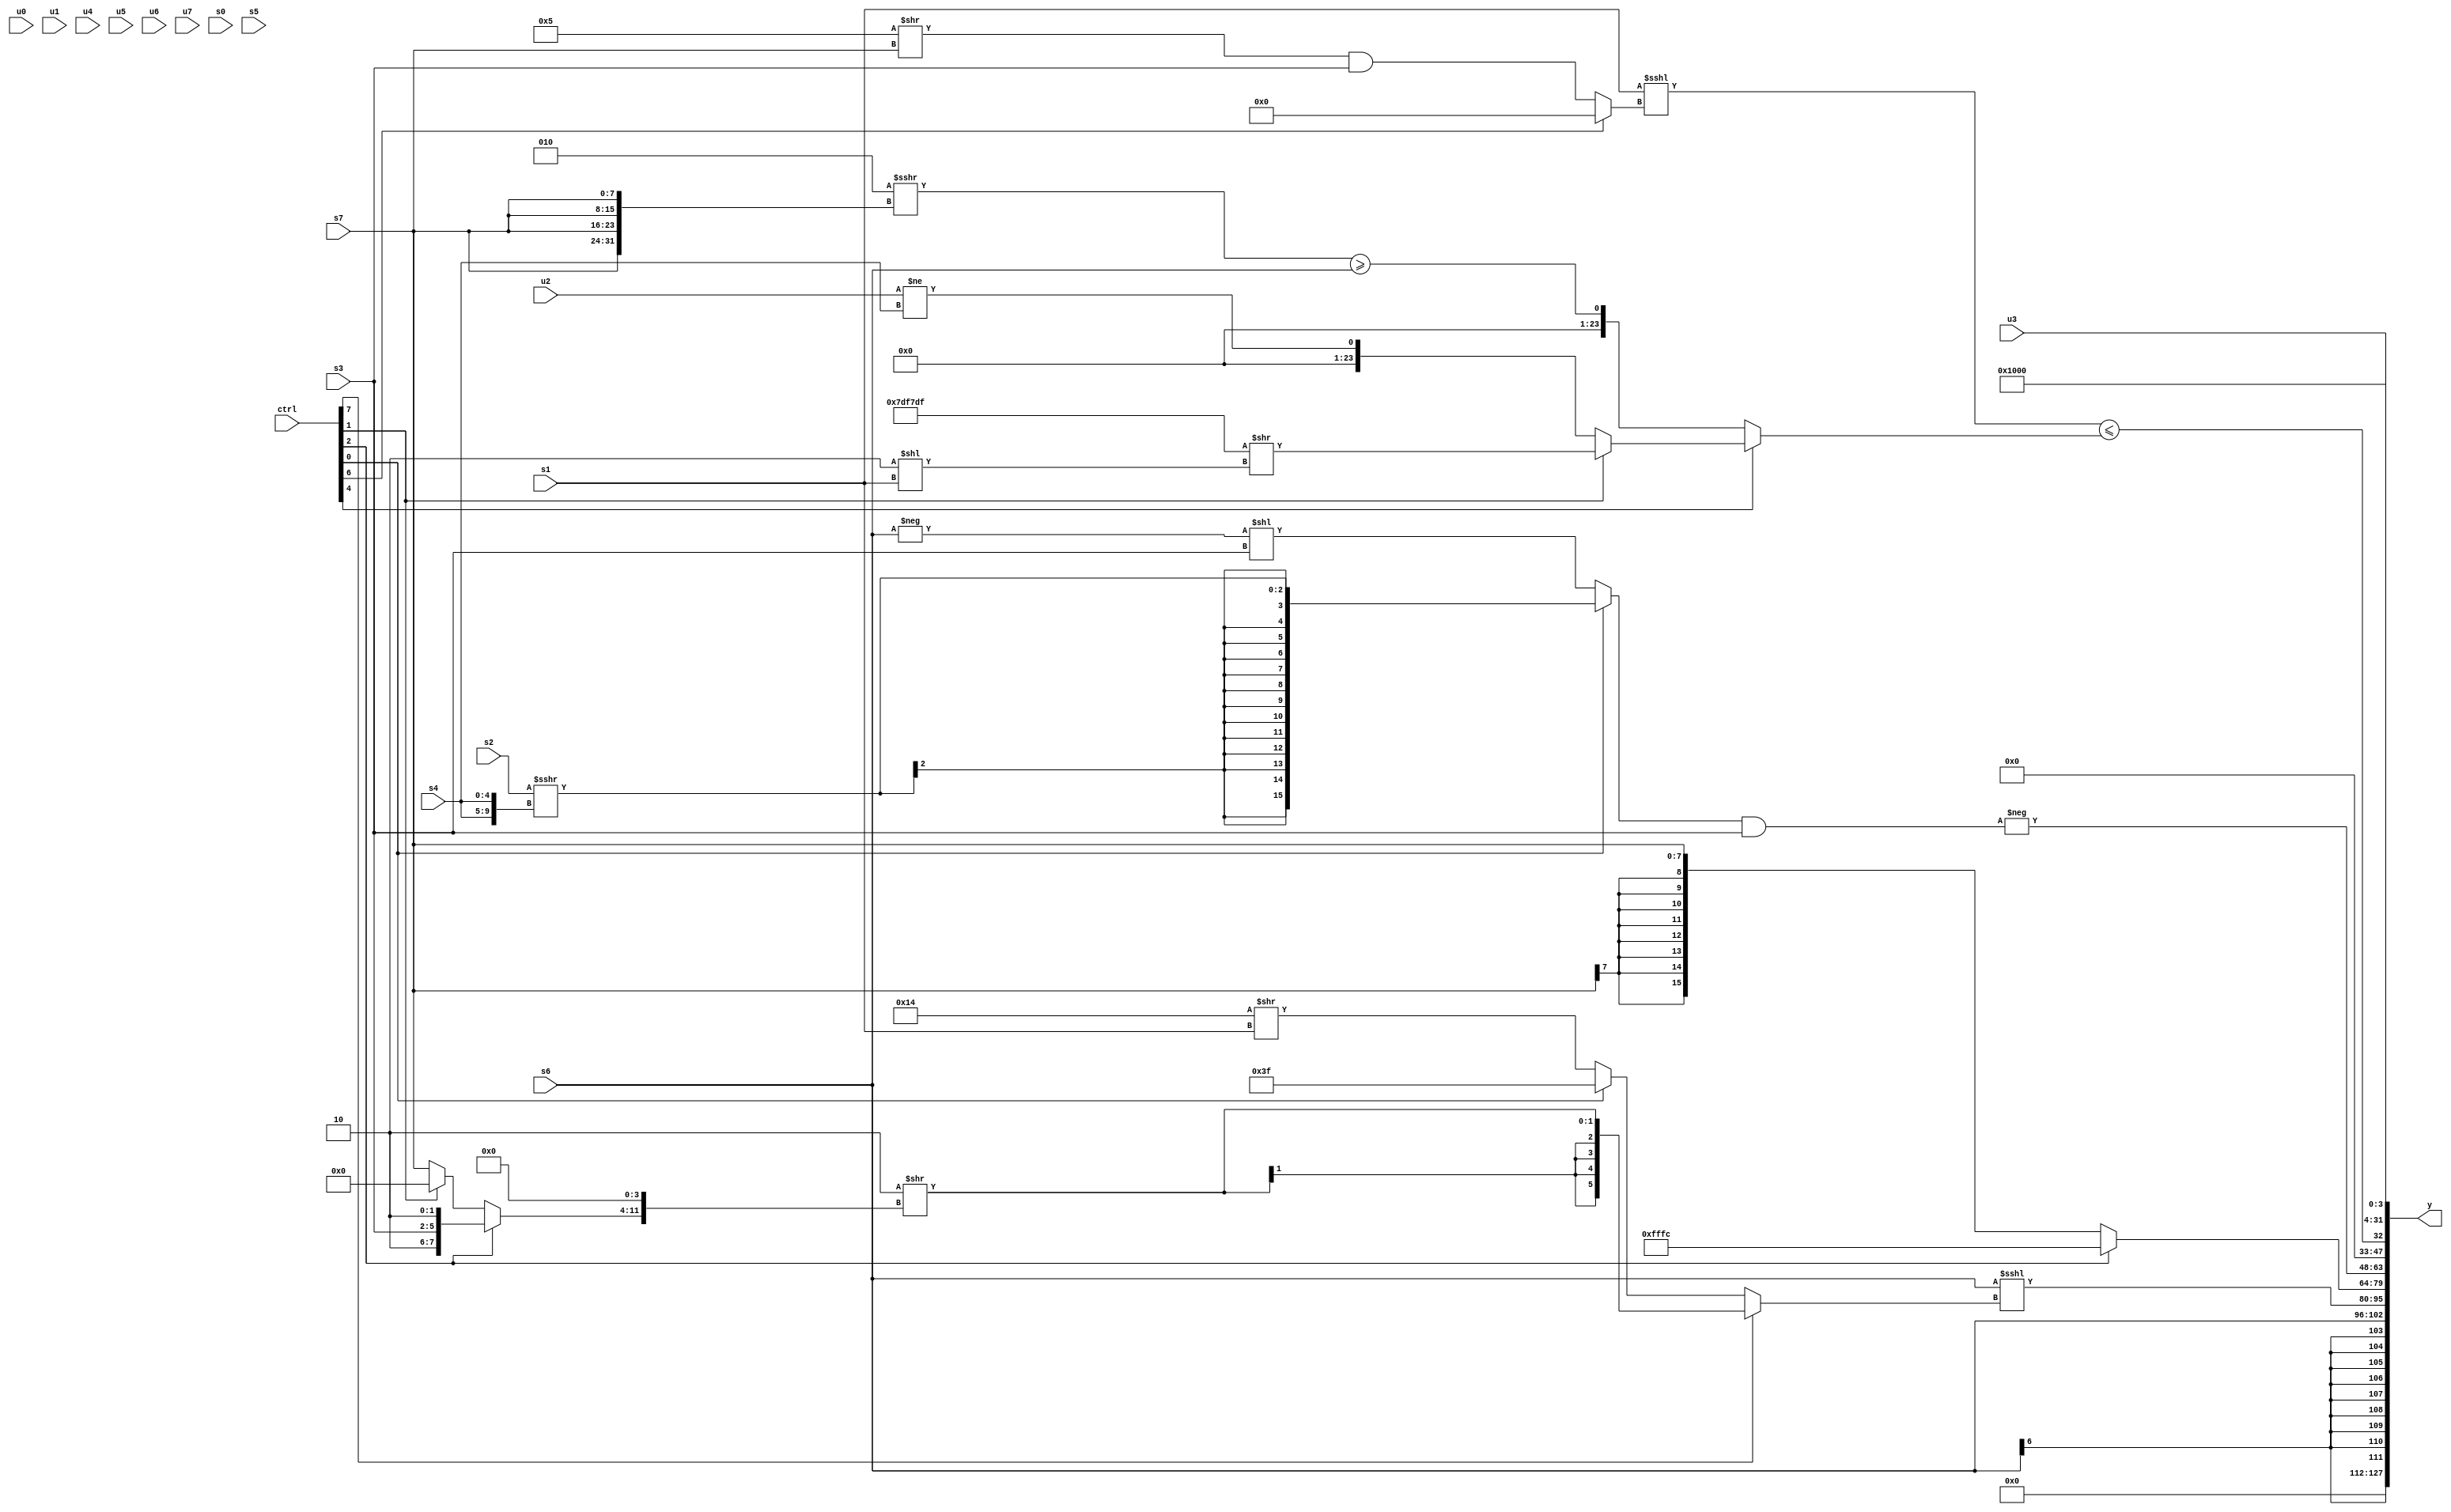
module wideexpr_00656(ctrl, u0, u1, u2, u3, u4, u5, u6, u7, s0, s1, s2, s3, s4, s5, s6, s7, y);
  input [7:0] ctrl;
  input [0:0] u0;
  input [1:0] u1;
  input [2:0] u2;
  input [3:0] u3;
  input [4:0] u4;
  input [5:0] u5;
  input [6:0] u6;
  input [7:0] u7;
  input signed [0:0] s0;
  input signed [1:0] s1;
  input signed [2:0] s2;
  input signed [3:0] s3;
  input signed [4:0] s4;
  input signed [5:0] s5;
  input signed [6:0] s6;
  input signed [7:0] s7;
  output [127:0] y;
  wire [15:0] y0;
  wire [15:0] y1;
  wire [15:0] y2;
  wire [15:0] y3;
  wire [15:0] y4;
  wire [15:0] y5;
  wire [15:0] y6;
  wire [15:0] y7;
  assign y = {y0,y1,y2,y3,y4,y5,y6,y7};
  assign y0 = 1'b0;
  assign y1 = s6;
  assign y2 = ({s6})<<<((ctrl[7]?$signed((2'sb10)>>(((ctrl[2]?+({3'b100,5'sb00010,s3,2'sb10}):(ctrl[1]?(s4)>>>(4'sb0101):s7)))<<(4'sb0100))):(ctrl[0]?$signed(!(5'sb00000)):$signed(($unsigned(6'sb010100))>>(s1)))));
  assign y3 = (ctrl[2]?+(3'sb100):s7);
  assign y4 = -(((ctrl[0]?$signed((s2)>>>({2{s4}})):(-(s6))<<(s3)))&(s3));
  assign y5 = ((s1)<<<((ctrl[6]?(s5)>>(5'sb01100):(($signed(4'sb0101))>>(s7))&(s3))))<=((ctrl[4]?(ctrl[1]?$unsigned(({4{6'sb011111}})>>((2'sb10)<<(s1))):($signed((u2)<<<(1'sb0)))!=($signed($signed(s4)))):(((4'sb0010)>>>({4{s7}}))>>>(($signed(6'sb000100))>>>(+(4'sb0110))))>=(s6)));
  assign y6 = $unsigned(1'b1);
  assign y7 = u3;
endmodule